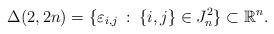
LaTeX: \begin{align*} \Delta(2,2n)=\{\varepsilon_{i,j}\::\:\{i,j\}\in J_n^2\}\subset\mathbb{R}^n.\end{align*}